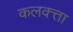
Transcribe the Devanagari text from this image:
कलक्‍त्ता